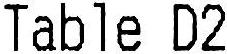
TABLE D2